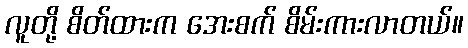
လူတို့ စိတ်ထားက အေးစက် စိမ်းကားလာတယ်။